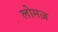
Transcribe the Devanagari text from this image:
लोमज़